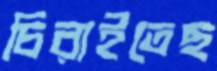
চিরাইতেছ